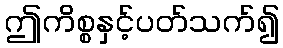
ဤကိစ္စနှင့်ပတ်သက်၍